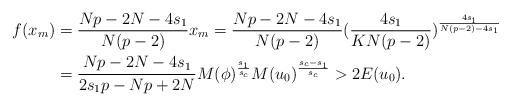
\begin{align*} f(x_m) &=\frac{Np-2N-4s_1}{N(p-2)}x_m= \frac{Np-2N-4s_1}{N(p-2)}(\frac{4s_1}{KN(p-2)})^{\frac{4s_1}{N(p-2)-4s_1}}\\ &= \frac{Np-2N-4s_1}{2s_1p-Np+2N}M(\phi)^{\frac{s_1}{s_c}}M(u_0)^{\frac{s_c-s_1}{s_c}}>2E(u_0).\end{align*}